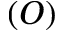
( O )